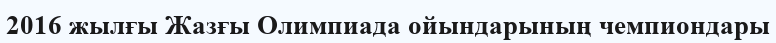
2016 жылғы Жазғы Олимпиада ойындарының чемпиондары